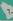
٦ .